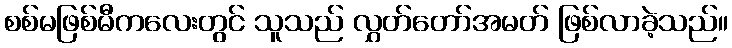
စစ်မဖြစ်မီကလေးတွင် သူသည် လွှတ်တော်အမတ် ဖြစ်လာခဲ့သည်။